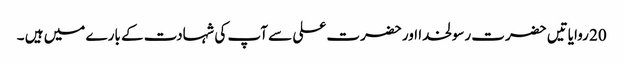
20 روایاتیں حضرت رسولخدا اور حضرت علی سے آپ کی شہادت کے بارے میں ہیں ۔